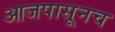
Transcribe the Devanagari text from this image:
आजपासूनच